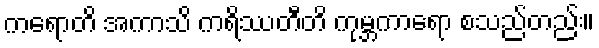
ကရောတိ အကာသိ ကရိဿတီတိ ကုမ္ဘကာရော စသည်တည်း။